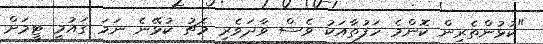
"ކުޅުންތެރިން ކޮންމެ ހަފުތާއަކު ވެސް ވާދަވެރި މެޗު ކުޅޭނެ ނަމަ ގައުމީ ޓީމަށް